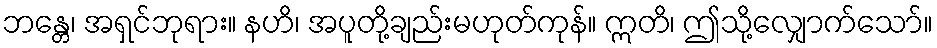
ဘန္တေ၊ အရှင်ဘုရား။ နဟိ၊ အပူတို့ချည်းမဟုတ်ကုန်။ ဣတိ၊ ဤသို့လျှောက်သော်။